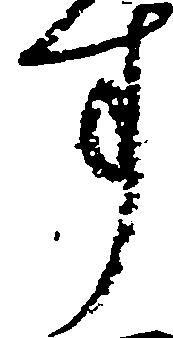
す